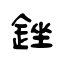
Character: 銼